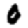
Digit: 0